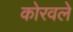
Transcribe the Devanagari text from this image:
कोरवले